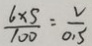
\frac { 6 \times 5 } { 1 0 0 } = \frac { v } { 0 . 5 }